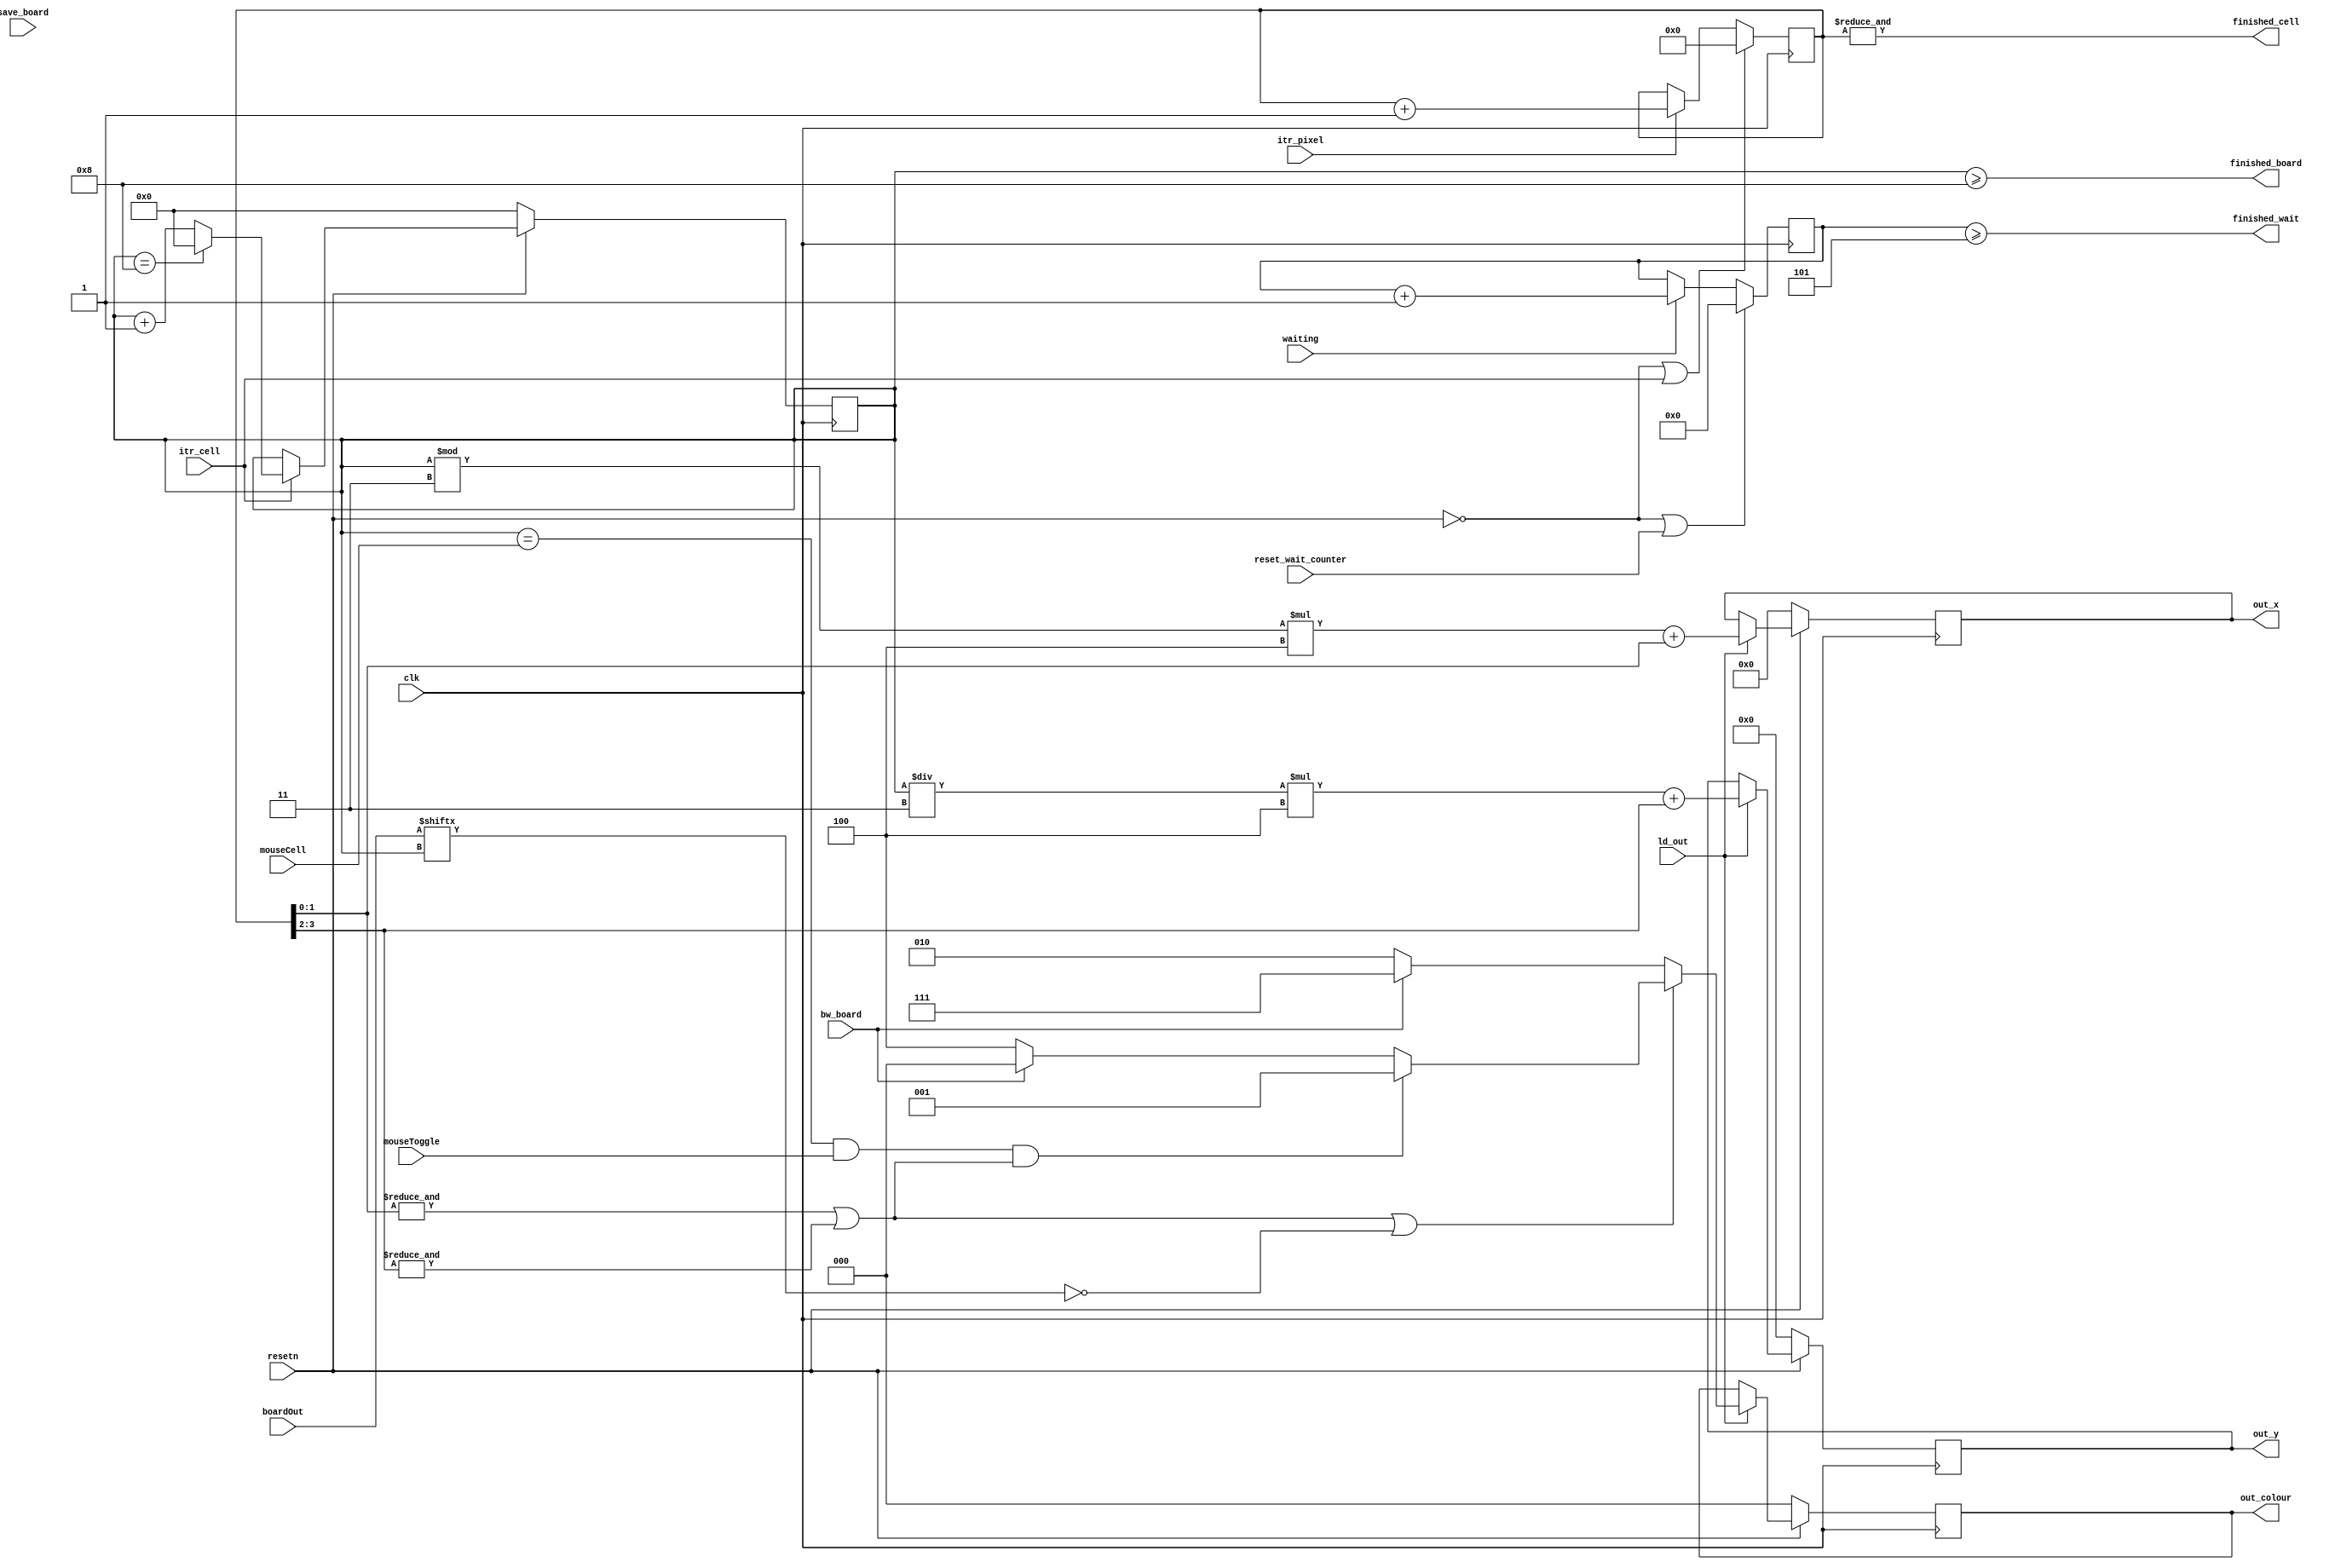
module VGADecoderDatapath(
						// inputs
						bw_board,
						clk,
						resetn,
					  reset_wait_counter,
					  boardOut,
					  save_board,
					  itr_pixel,
					  itr_cell,
					  ld_out,
						mouseToggle,
						mouseCell,
						waiting,
					 // outputs
					 	out_x,
					  out_y,
					  out_colour,
					  finished_cell,
					  finished_board,
					 	finished_wait
					);

		parameter BOARD_HEIGHT = 3;
		parameter BOARD_LENGTH = 3;

		localparam  CELL_SIZE = 4;
		input mouseToggle;
		input [10:0] mouseCell;
		input waiting;
		input bw_board;
		input clk;
		input resetn;
		input reset_wait_counter;
		input [BOARD_HEIGHT*BOARD_LENGTH-1:0] boardOut;
		input save_board;
		input itr_pixel;
		input itr_cell;
		input ld_out;

		output reg [7:0] out_x;
		output reg [6:0] out_y;
		output reg [2:0] out_colour;
		output finished_cell;
		output finished_board;
		output finished_wait;

    // register - snapshot of boardOut
	 reg [BOARD_HEIGHT*BOARD_LENGTH-1:0] saved_board;

    // register - pixel counter
    reg [3:0] pixel_count;

	 assign finished_cell = & pixel_count;

	 // register - cell counter
    reg [10:0] curr_cell;

	 assign finished_board = curr_cell >= BOARD_HEIGHT*BOARD_LENGTH-1;

	 // register - wait counter
	 reg [19:0] wait_counter;
// NOTE: I changed the cutoff for finished_wait just to test, but I think the change is actually reasonable
	 assign finished_wait = wait_counter >= 20'd5;//20'd833_333;

	 //save the current state of boardOut to saved_board
	 always @ (posedge clk) begin
		  if (!resetn) begin
				saved_board <= 0;
		  end
		  else begin
				if (save_board)
                saved_board <= boardOut;
		  end
	 end
	 wire [2:0] backround_colour;
	 wire [2:0] populated_cell_colour;
	 wire black_white_board;
	 assign black_white_board = bw_board;
	 //background_colour is black or red
	 assign backround_colour = (black_white_board) ? 0 : 3'b100;
	 assign populated_cell_colour = (black_white_board) ? 3'b111 : 3'b010;

    // Output x, y, and color
    always @ (posedge clk) begin
      if (!resetn) begin
          out_x      <= 0;
					out_y      <= 0;
					out_colour <= 0;
      end
      else
          if(ld_out) begin
             out_x      <= ((curr_cell % BOARD_LENGTH) * CELL_SIZE) + pixel_count[1:0];
						 out_y      <= ((curr_cell / BOARD_LENGTH) * CELL_SIZE) + pixel_count[3:2];
						 out_colour <= ((& pixel_count[1:0]) | (& pixel_count[3:2]) | ~boardOut[curr_cell]) ?
						 (( (curr_cell==mouseCell) & mouseToggle & ((& pixel_count[1:0]) | (& pixel_count[3:2]))) ? 
							 3'b001 : backround_colour) :
						 populated_cell_colour;
    		 end
    end

    // iterate pixel_count
    always @(posedge clk)
    begin
        if ((!resetn) || itr_cell) begin
            pixel_count <= 0;
        end
        else begin
            if (itr_pixel)
                pixel_count <= pixel_count + 1;
        end
    end

	 // iterate curr_cell
    always @(posedge clk)
    begin
        if (!resetn) begin
            curr_cell <= 0;
        end
        else begin
            if (itr_cell) begin
							if (curr_cell == BOARD_HEIGHT*BOARD_LENGTH - 1) curr_cell <= 0;
							else curr_cell <= curr_cell + 1;
						end
        end
    end

	 // iterate wait_counter
    always @(posedge clk)
    begin
        if ((!resetn) || reset_wait_counter) begin
            wait_counter <= 0;
        end
        else begin
            if (waiting) begin
                wait_counter <= wait_counter + 1;
						end
        end
    end

endmodule